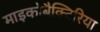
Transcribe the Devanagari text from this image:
माइकोबैक्टिरिया